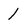
Character: 1